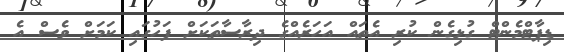
ޑިޕާޓްމެންޓް ގުޅިގެން ކުރި އެތައް އަހަރެއްގެ ދިރާސާތަކަށް ފަހުގައި ކަމަށް ވެސް އެ